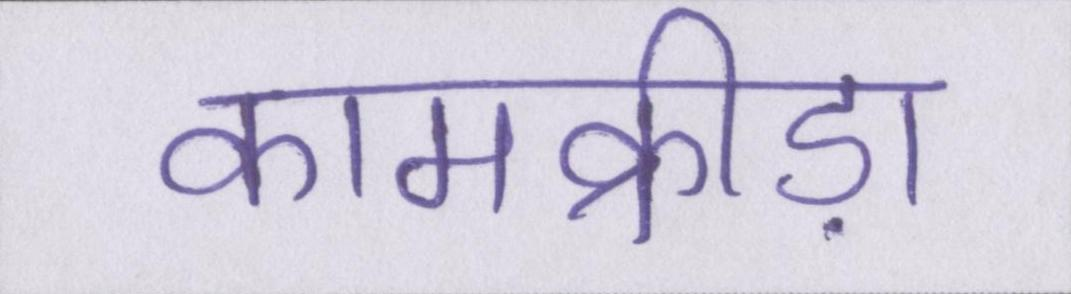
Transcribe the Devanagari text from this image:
कामक्रीड़ा